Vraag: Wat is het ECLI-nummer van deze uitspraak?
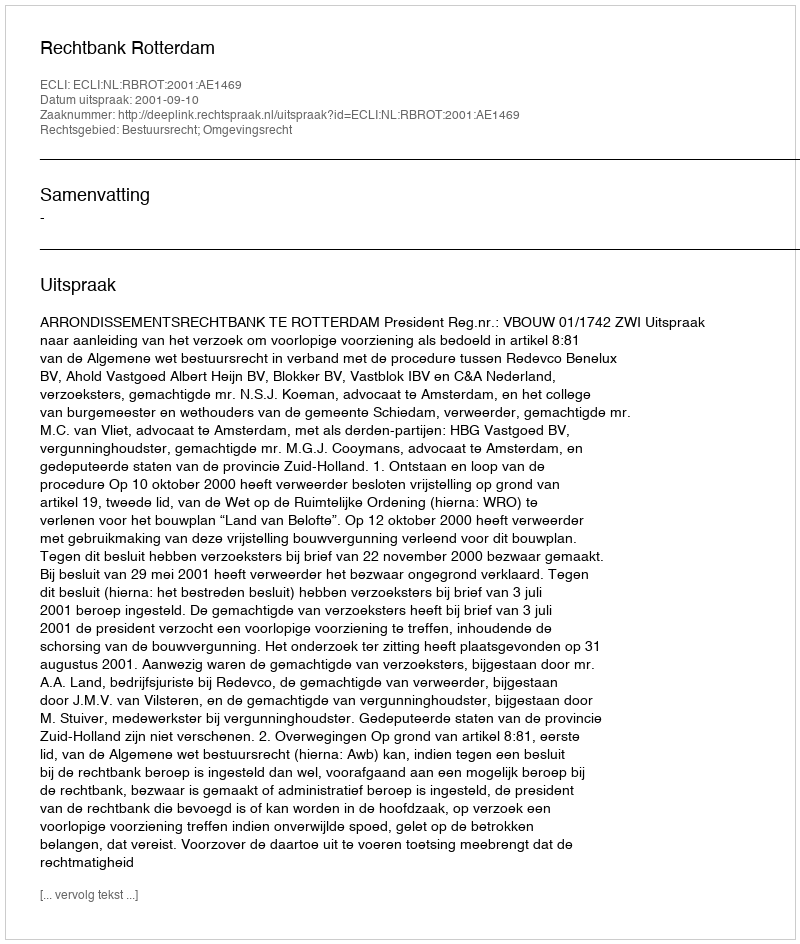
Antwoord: ECLI:NL:RBROT:2001:AE1469